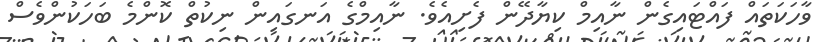
ވާހަކަތައް ފައްޓައިގެން ނާއިމް ކިޔާދޭން ފެށިއެވެ. ނާއިމްގެ އަނގައިން ނިކުތް ކޮންމެ ބަހަކުންވެސް